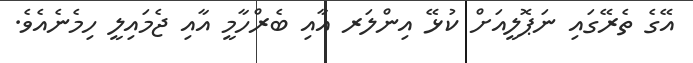
އޭގެ ތެރޭގައި ނަޕޮލީއަށް ކުޅޭ އިންލަރ އާއި ބެރްހާމީ އާއި ޖެމައިލީ ހިމެނެއެވެ.